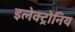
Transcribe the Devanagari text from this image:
इलेक्ट्रोनिय